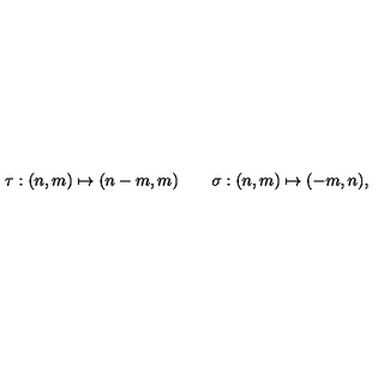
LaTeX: \tau : ( n , m ) \mapsto ( n - m , m ) \qquad \sigma : ( n , m ) \mapsto ( - m , n ) ,